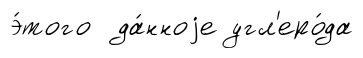
э́того да́нноjе угл'еро́да